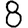
Digit: 8